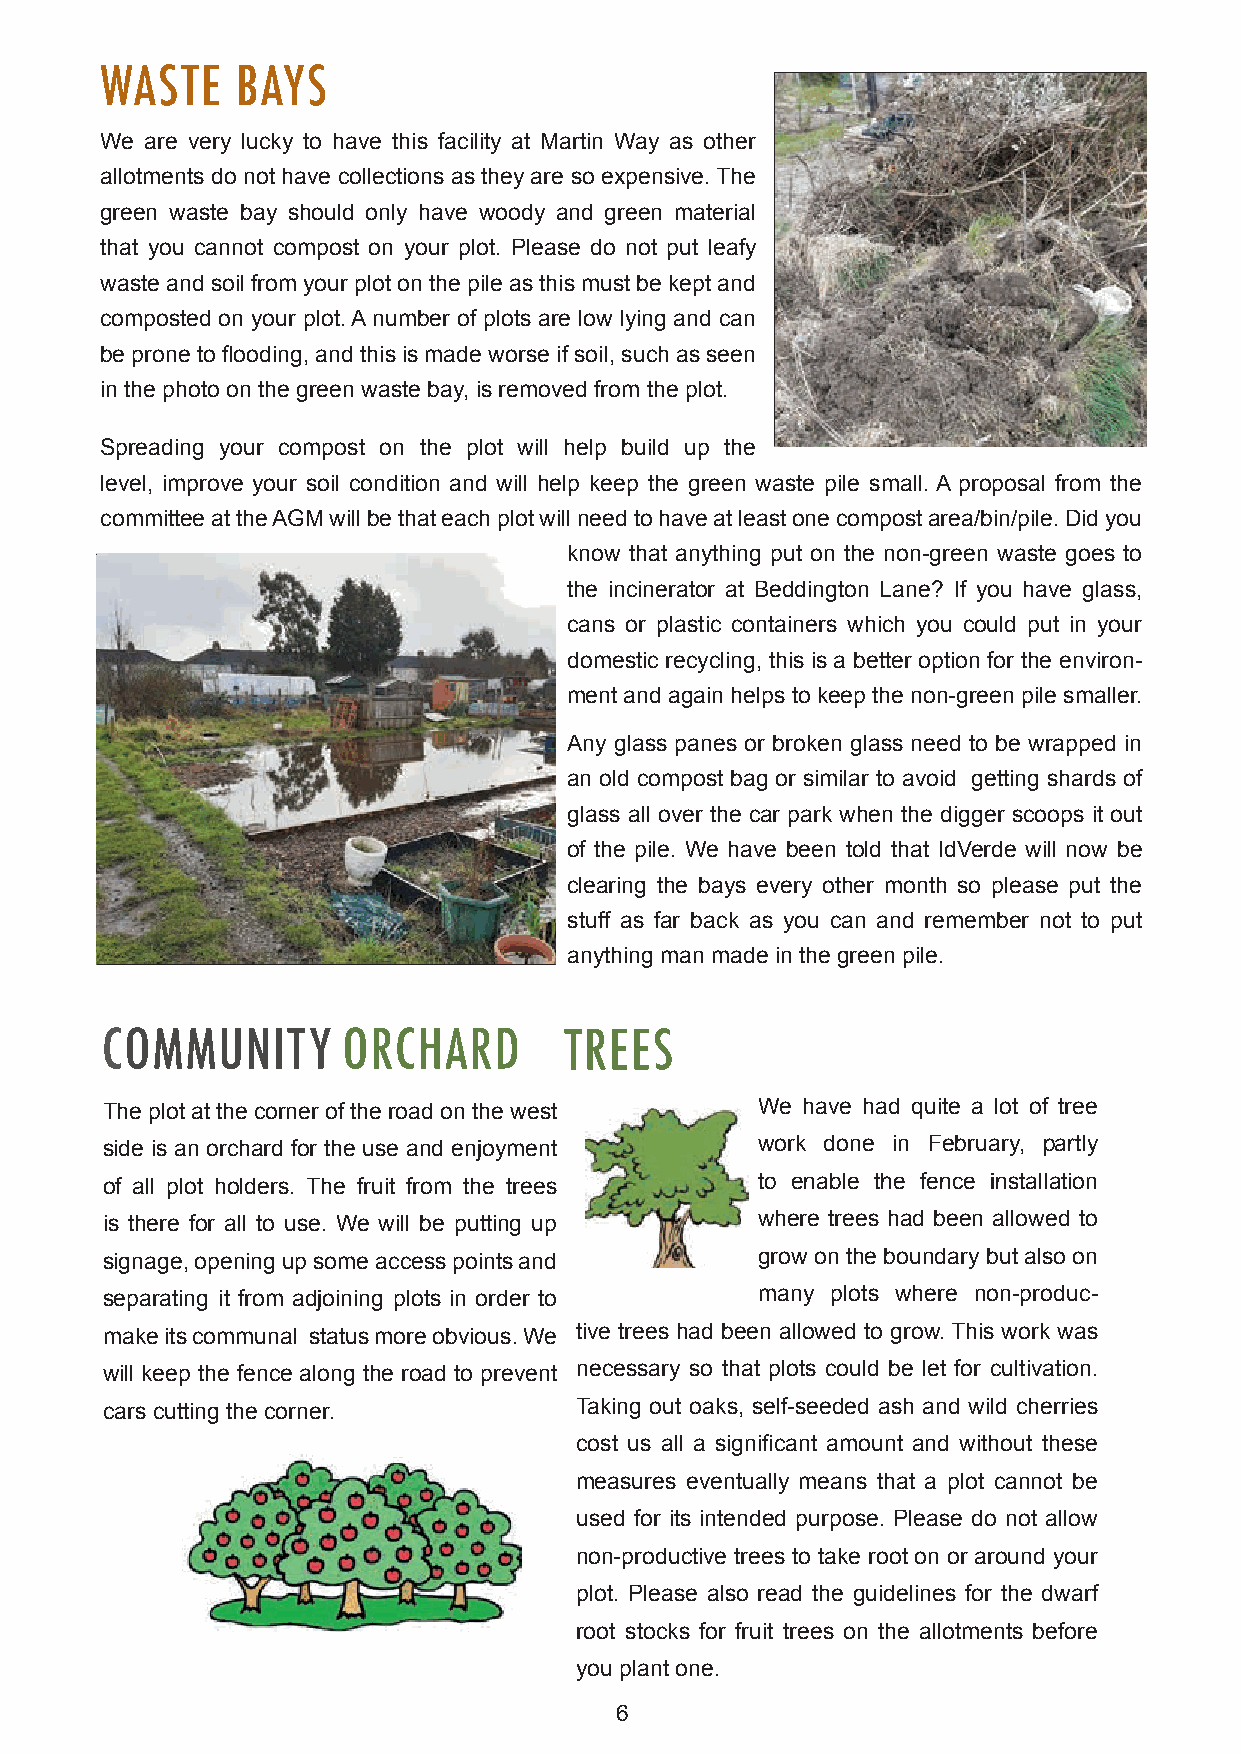
WASTE    BAYS
 We are very lucky to have this facility at Martin Way as other
 allotments do not have collections as they are so expensive. The
 green waste bay should only have woody and green material
 that you cannot compost on your plot. Please do not put leafy
 waste and soil from your plot on the pile as this must be kept and
 composted on your plot. A number of plots are low lying and can
 be prone to fl ooding, and this is made worse if soil, such as seen
 in the photo on the green waste bay, is removed from the plot.
 Spreading your compost on the plot will help build up the
 level, improve your soil condition and will help keep the green waste pile small. A proposal from the
 committee at the AGM will be that each plot will need to have at least one compost area/bin/pile. Did you
 know that anything put on the non-green waste goes to
 the incinerator at Beddington Lane? If you have glass,
 cans or plastic containers which you could put in your
 domestic recycling, this is a better option for the environ-
 ment and again helps to keep the non-green pile smaller.
 Any glass panes or broken glass need to be wrapped in
 an old compost bag or similar to avoid getting shards of
 glass all over the car park when the digger scoops it out
 of the pile. We have been told that IdVerde will now be
 clearing the bays every other month so please put the
 stuff as far back as you can and remember not to put
 anything man made in the green pile.
 COMMUNITY       ORCHARD       TREES
 The plot at the corner of the road on the west We have had quite a lot of tree
 side is an orchard for the use and enjoyment work done in February, partly
 of all plot holders. The fruit from the trees to enable the fence installation
 is there for all to use. We will be putting up where trees had been allowed to
 signage, opening up some access points and grow on the boundary but also on
 separating it from adjoining plots in order to many plots where non-produc-
 make its communal status more obvious. We tive trees had been allowed to grow. This work was
 will keep the fence along the road to prevent necessary so that plots could be let for cultivation.
 cars cutting the corner.       Taking out oaks, self-seeded ash and wild cherries
 cost us all a signifi cant amount and without these
 measures eventually means that a plot cannot be
 used for its intended purpose. Please do not allow
 non-productive trees to take root on or around your
 plot. Please also read the guidelines for the dwarf
 root stocks for fruit trees on the allotments before
 you plant one.
 6